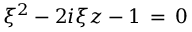
\xi ^ { 2 } - 2 i \xi z - 1 \, = \, 0